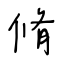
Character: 脩